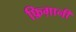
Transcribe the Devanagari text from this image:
फ़िग़ानी